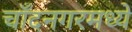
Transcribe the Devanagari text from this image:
चाँदनगरमध्ये